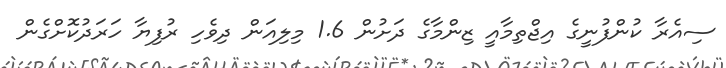
ސިއެރާ ކުންފުނީގެ އިޖްތިމާއީ ޒިންމާގެ ދަށުން 1.6 މިލިއަން ދިވެހި ރުފިޔާ ހަރަދުކޮށްގެން